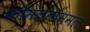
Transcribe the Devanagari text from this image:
कोमलताम्मल